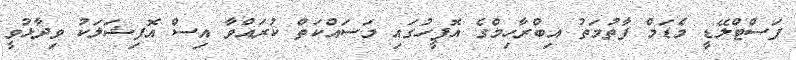
ފަސްޓްލޭޑީ މެޑަމް ފާތުމަތު އިބްރާހިމްގެ އޮފީހުގައި މަސައްކަތް ކުރައްވާ އިސް އޮފިޝަލަކު ވިދާޅުވީ